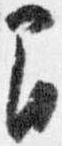
間